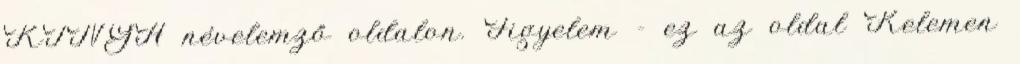
KINGA névelemző oldalon. Figyelem - ez az oldal Kelemen